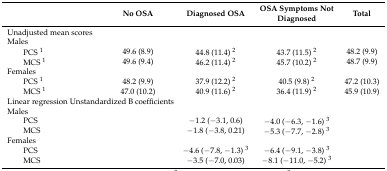
|  | No OSA | Diagnosed OSA | OSA Symptoms Not Diagnosed | Total |
 | --- | --- | --- | --- | --- |
 | Unadjusted mean scores |  |  |  |  |
 | Males |  |  |  |  |
 | PCS 1 | 49.6 (8.9) | 44.8 (11.4) 2 | 43.7 (11.5) 2 | 48.2 (9.9) |
 | MCS 1 | 49.6 (9.4) | 46.2 (11.4) 2 | 45.7 (10.2) 2 | 48.7 (9.9) |
 | Females |  |  |  |  |
 | PCS 1 | 48.2 (9.9) | 37.9 (12.2) 2 | 40.5 (9.8) 2 | 47.2 (10.3) |
 | MCS 1 | 47.0 (10.2) | 40.9 (11.6) 2 | 36.4 (11.9) 2 | 45.9 (10.9) |
 | <COLSPAN=3> Linear regression Unstandardized B coefficients |  |  |
 | Males |  |  |  |  |
 | PCS |  | −1.2 (−3.1, 0.6) | −4.0 (−6.3, −1.6) 3 |  |
 | MCS |  | −1.8 (−3.8, 0.21) | −5.3 (−7.7, −2.8) 3 |  |
 | Females |  |  |  |  |
 | PCS |  | −4.6 (−7.8, −1.3) 3 | −6.4 (−9.1, −3.8) 3 |  |
 | MCS |  | −3.5 (−7.0, 0.03) | −8.1 (−11.0, −5.2) 3 |  |